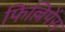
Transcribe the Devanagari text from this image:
फिल्लिपेंस